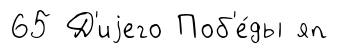
65 Д'иjего Поб'е́ды яп